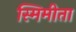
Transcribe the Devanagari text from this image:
स्मिमीता